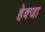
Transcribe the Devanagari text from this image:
हेक्जा